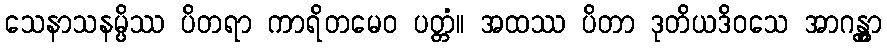
သေနာသနမ္ပိဿ ပိတရာ ကာရိတမေဝ ပတ္တံ။ အထဿ ပိတာ ဒုတိယဒိဝသေ အာဂန္တွာ